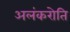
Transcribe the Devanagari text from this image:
अलंकरोति